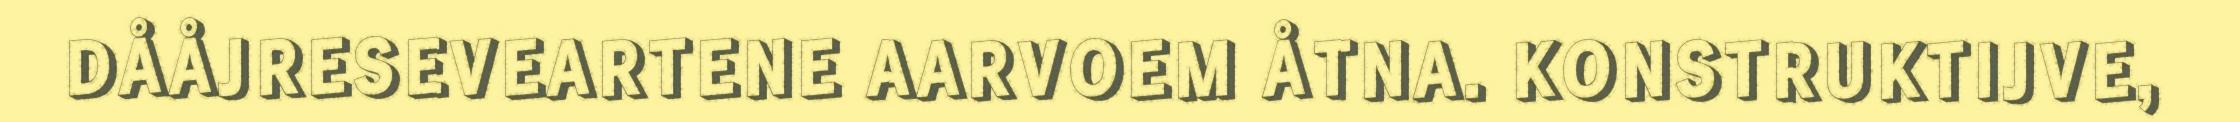
DÅÅJRESEVEARTENE AARVOEM ÅTNA. KONSTRUKTIJVE,